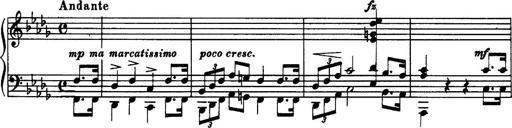
Title: 3 Sonatinas, Op.67
Composer: Jean Sibelius